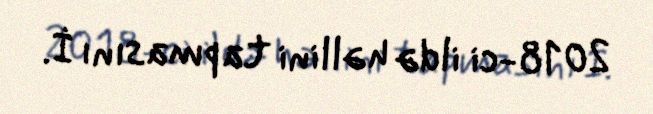
2018-ci ildə həllini tapmasını İ.